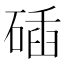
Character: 𥓾